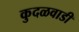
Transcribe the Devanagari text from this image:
कुदळवाडी